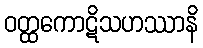
ဝတ္ထကောဋိသဟဿာနိ